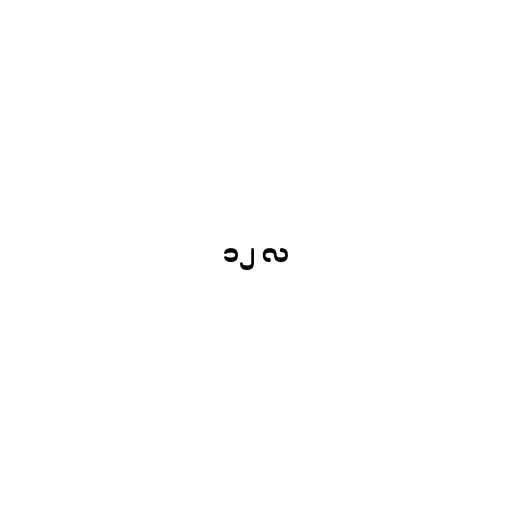
၁၂ လ